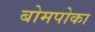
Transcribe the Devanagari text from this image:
बोमपोका